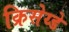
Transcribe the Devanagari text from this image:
क्रिसेय्डे